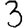
Digit: 3